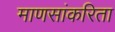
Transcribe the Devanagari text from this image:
माणसांकरिता